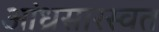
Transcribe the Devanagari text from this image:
आंध्रसारस्वत